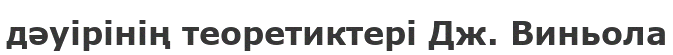
дәуірінің теоретиктері Дж. Виньола